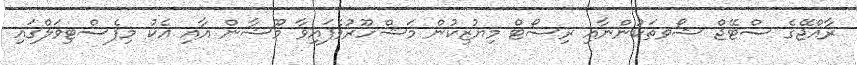
ރާއްޖޭގެ ސްޓޭޖް ޝޯވތަކުންނާއި ރިސޯޓް މިޔުޒިކުން މަޝްހޫރުވެފައިވާ މޫޝާން އާއި އެކު މިފެސްޓިވަލްގައި